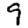
Digit: 9